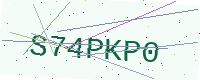
Text: S74PKP0